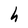
Character: h